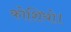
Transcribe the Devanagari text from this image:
कोशियो।